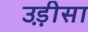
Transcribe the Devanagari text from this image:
उड़़ीसा